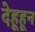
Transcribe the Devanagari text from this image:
देहूहून